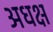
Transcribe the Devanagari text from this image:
अधक्ष